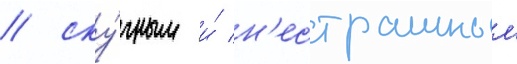
/ ску́чным и́ н'естрашным